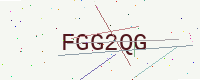
Text: FGG2QG